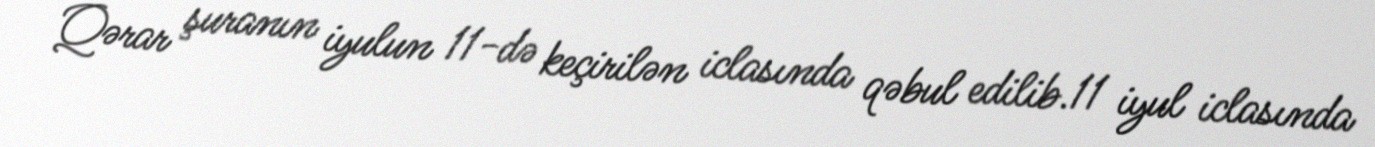
Qərar şuranın iyulun 11-də keçirilən iclasında qəbul edilib.11 iyul iclasında